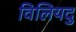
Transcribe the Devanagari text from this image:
विलियदु